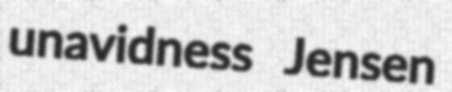
unavidness Jensen